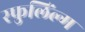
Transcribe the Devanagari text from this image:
स्फुलिंल्ग